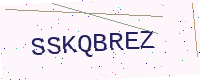
Text: SSKQBREZ